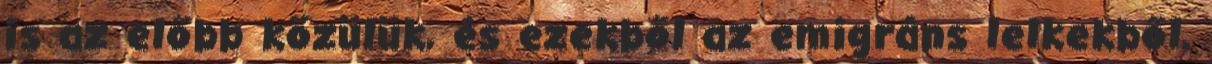
is az előbb közülük, és ezekből az emigráns lelkekből,